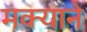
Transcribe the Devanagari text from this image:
मक्याने